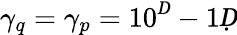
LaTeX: \gamma_{q}=\gamma_{p}=10^{Ḋ}-1Ḍ